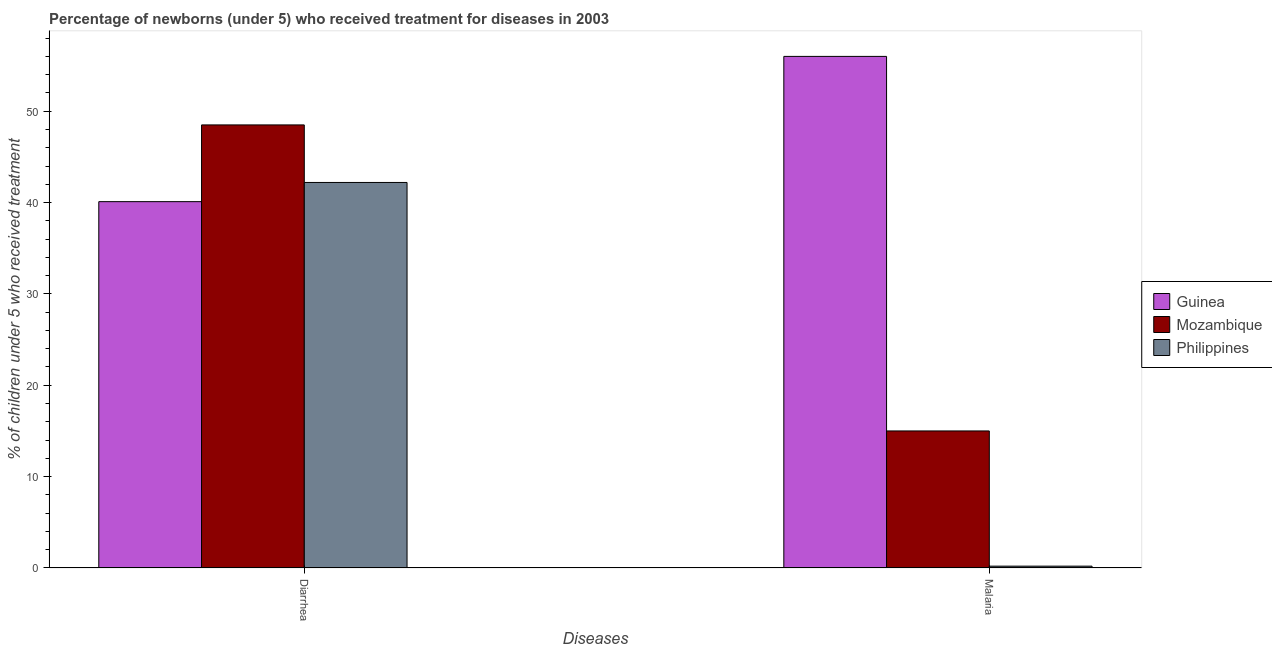
| Diseases | Guinea | Mozambique | Philippines |
 | --- | --- | --- | --- |
 | Diarrhea | 40.1 | 48.5 | 42.2 |
 | Malaria | 56 | 15 | 0.2 |